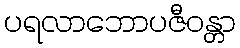
ပရလာဘောပဇီဝန္တာ